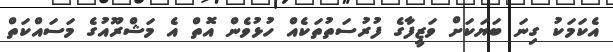
އެކަމަކު ގިނަ ބަޔަކަށް ވަޒީފާގެ ފުރުސަތުތަކެއް ހުޅުވެން އޮތް އެ މަޝްރޫއުގެ މަސައްކަތް